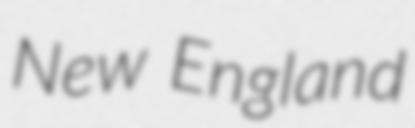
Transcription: New England